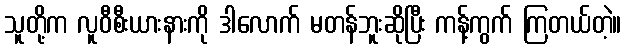
သူတို့က လူဝီစီးယားနားကို ဒါလောက် မတန်ဘူးဆိုပြီး ကန့်ကွက် ကြတယ်တဲ့။